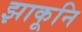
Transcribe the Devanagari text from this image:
झाकूनि